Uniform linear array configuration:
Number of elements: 24
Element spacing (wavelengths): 0.5
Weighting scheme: hann
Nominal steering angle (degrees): -30
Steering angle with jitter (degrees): -29.034
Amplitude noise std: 0.05
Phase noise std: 0.05

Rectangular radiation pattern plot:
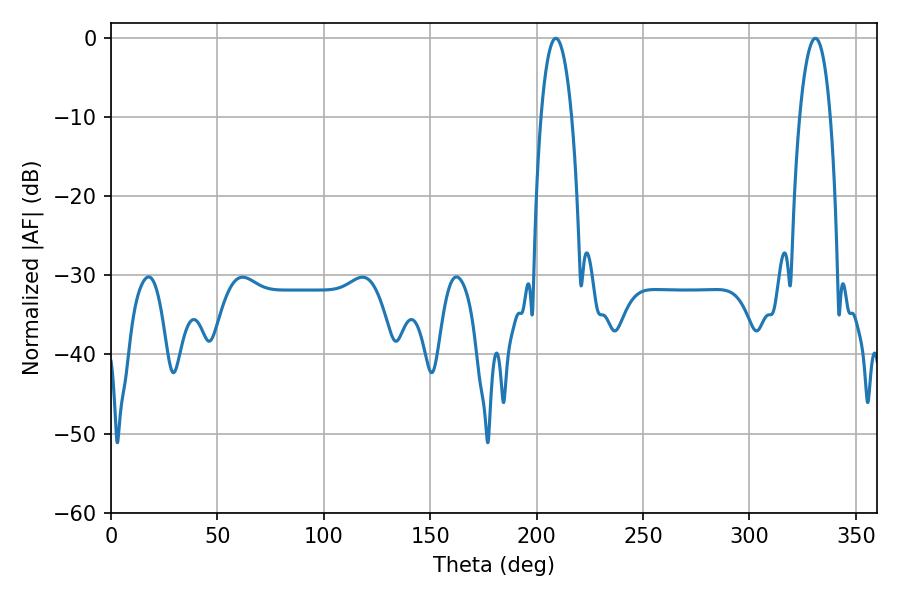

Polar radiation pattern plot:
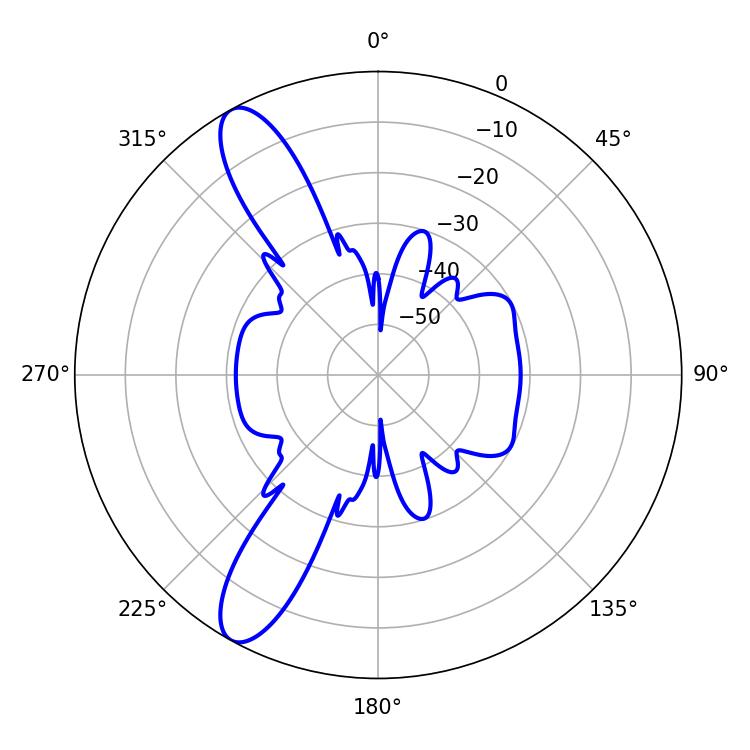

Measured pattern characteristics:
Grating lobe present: FALSE
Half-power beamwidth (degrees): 8.1
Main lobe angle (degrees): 208.98